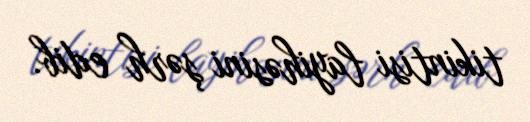
tikintisi layihəsini şərh edib.